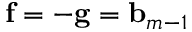
\mathbf { f } = - \mathbf { g } = \ensuremath { \mathbf { b } } _ { m - 1 }